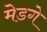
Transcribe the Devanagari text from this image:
मेडगे